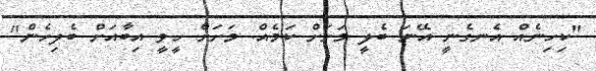
"ކިހިނެއް އެނގެނީ އޭނަ ބެލީ މަށަށް ކަމެއް. މަށަށް ހީވީ އިބާއަށް ބެލިހެން"